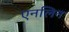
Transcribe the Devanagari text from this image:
एनलिन